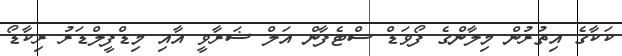
ކަކާގެ އިތުރުން މިލާންގެ ފޯވަޑް ސްޓެފާން އަލް ޝަރާވީ އާއި މިޑްފީލްޑަރު ރިކާޑޯ